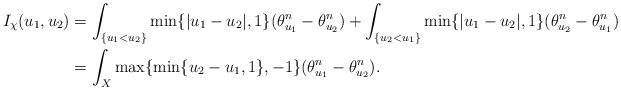
\begin{align*}I_{\chi}(u_1, u_2)&=\int_{\{u_1<u_2\}}\min\{|u_1-u_2|, 1\}(\theta_{u_1}^n-\theta_{u_2}^n)+\int_{\{u_2<u_1\}}\min\{|u_1-u_2|, 1\}(\theta_{u_2}^n-\theta_{u_1}^n)\\&=\int_X\max\{\min\{u_2-u_1, 1\}, -1\}(\theta_{u_1}^n-\theta_{u_2}^n).\end{align*}